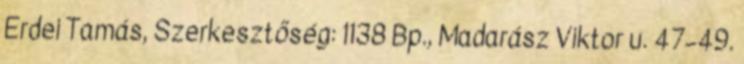
Erdei Tamás, Szerkesztőség: 1138 Bp., Madarász Viktor u. 47–49.